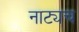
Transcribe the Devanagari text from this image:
नाट्यच